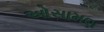
ઓસામણ